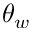
\theta _ { w }